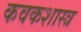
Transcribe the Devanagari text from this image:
कवकशास्त्र